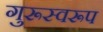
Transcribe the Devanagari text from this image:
गुरूस्वरूप